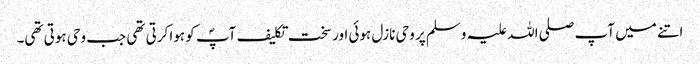
اتنے میں آپ صلی اللہ علیہ وسلم پر وحی نازل ہوئی اور سخت تکلیف آپؐ کو ہوا کرتی تھی جب وحی ہوتی تھی۔